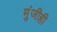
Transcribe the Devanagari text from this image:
मुंजीही